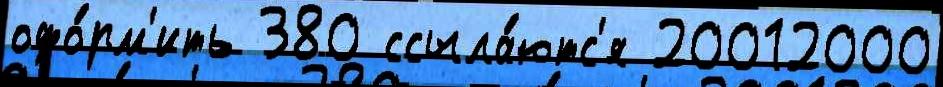
офо́рм'ить 380 ссыла́ютс'я 20012000